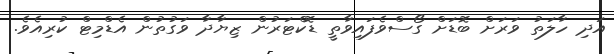
އަދި ހާލަތު ވަރަށް ބޮޑަށް ގޯސްވެފައިވާތީ ޑޮކްޓަރުން ޒިޔާދާ ވަގުތުން އެޑްމިޓް ކުރިއެވެ.